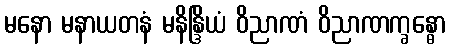
မနော မနာယတနံ မနိန္ဒြိယံ ဝိညာဏံ ဝိညာဏက္ခန္ဓော